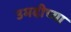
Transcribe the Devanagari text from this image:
उमदीच्या